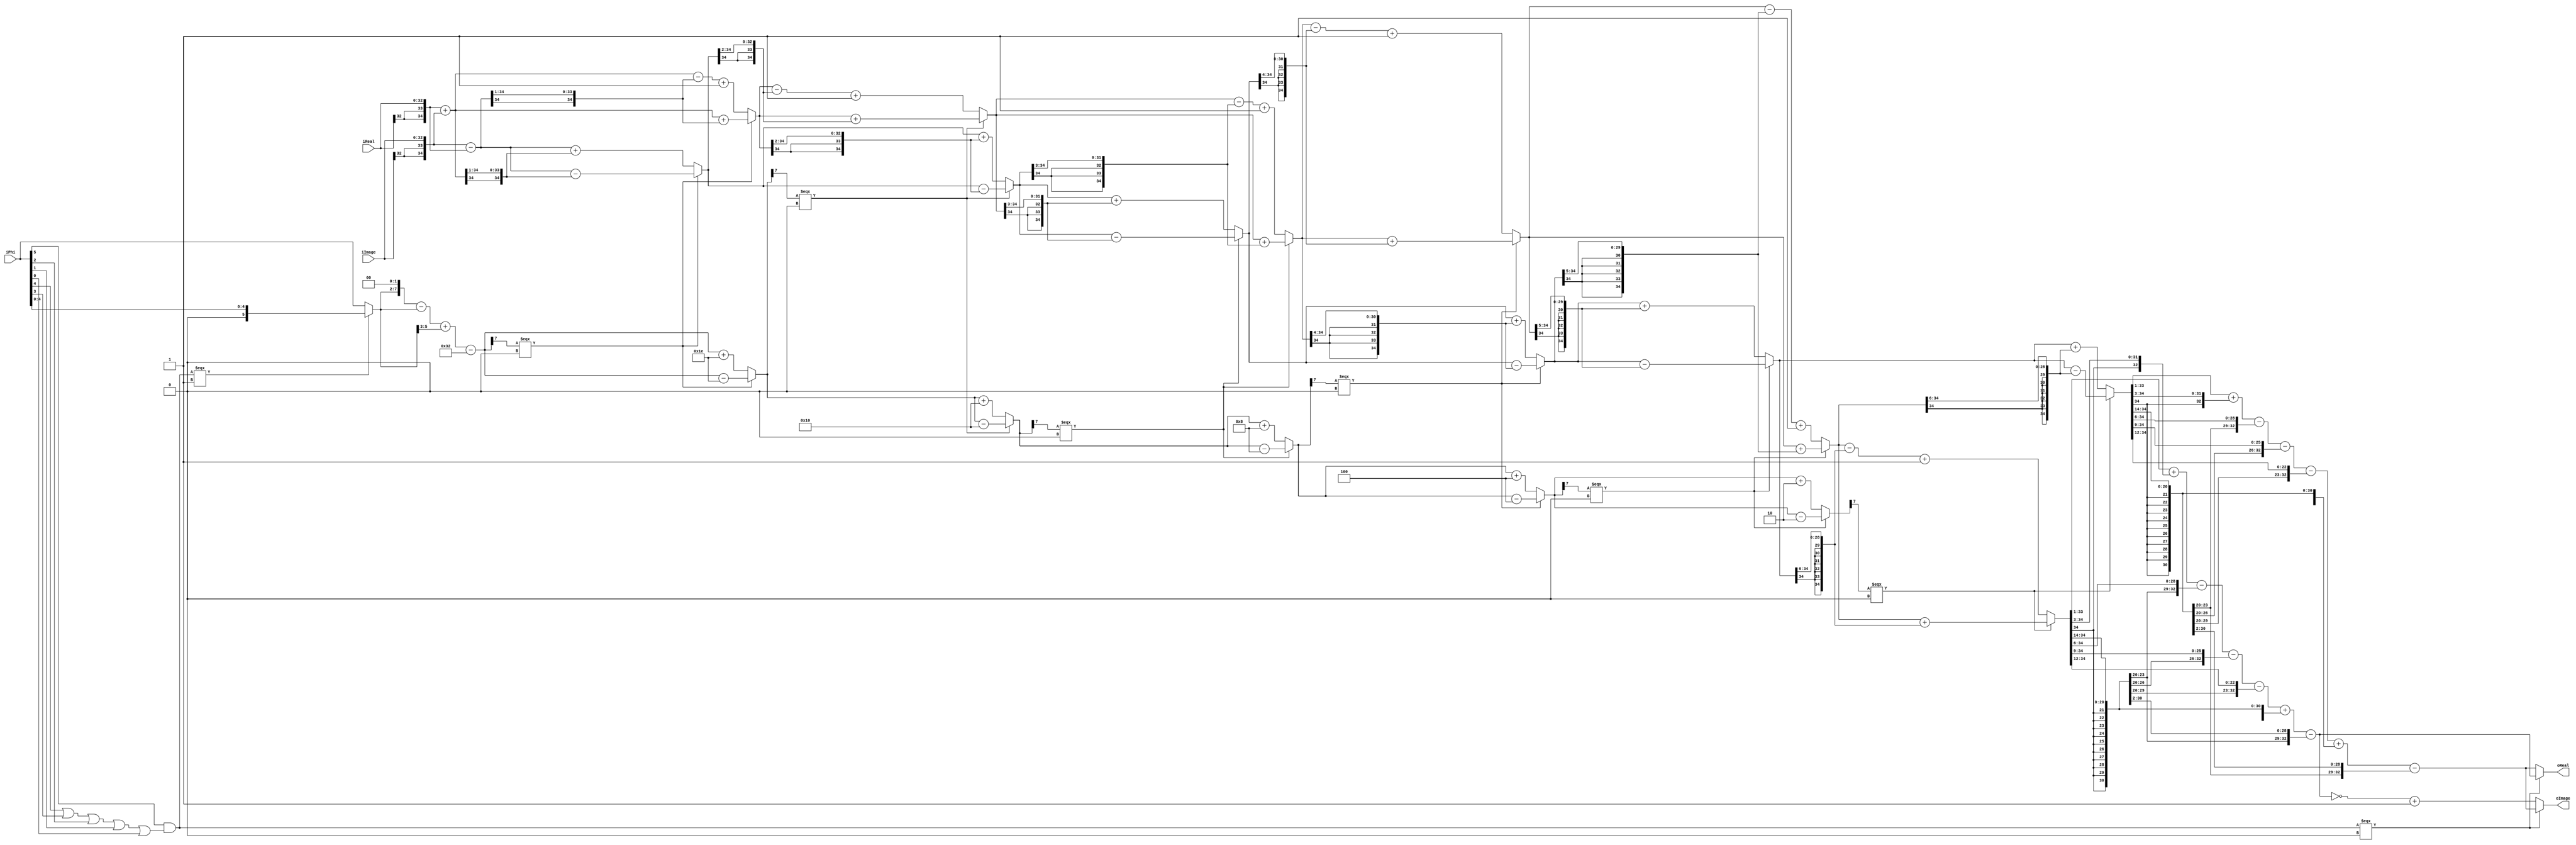
// --------------------------------------------------------------------------------
//  Company: MSI
//  Design Name: 
//  Module Name:    Cordic_mid - Behavioral -- 2nd stage -> 6th stage
//  Project Name: 	 FFT_R2SDF
// --------------------------------------------------------------------------------

`define false 1'b 0
`define FALSE 1'b 0
`define true 1'b 1
`define TRUE 1'b 1

`timescale 1 ns / 1 ns // timescale for following modules


module cordic_mid (
   iReal,
   iImage,
   iPhi,
   oReal,
   oImage);
 
parameter n = 33;

input   [n - 1:0] iReal; 
input   [n - 1:0] iImage; 
input   [5:0] iPhi; 
output   [n - 1:0] oReal; 
output   [n - 1:0] oImage; 

wire    [n - 1:0] oReal; 
wire    [n - 1:0] oImage; 
parameter [7:0] alpha0 = 8'b 00110010; 
parameter [7:0] alpha1 = 8'b 00011110; 
parameter [7:0] alpha2 = 8'b 00010000; 
parameter [7:0] alpha3 = 8'b 00001000; 
parameter [7:0] alpha4 = 8'b 00000100; 
parameter [7:0] alpha5 = 8'b 00000010; 
parameter [7:0] alpha6 = 8'b 00000001; 
wire    [n + 1:0] x0; 
wire    [n + 1:0] x1; 
wire    [n + 1:0] x2; 
wire    [n + 1:0] x3; 
wire    [n + 1:0] x4; 
wire    [n + 1:0] x5; 
wire    [n + 1:0] x6; 
wire    [n + 1:0] x7; 
wire    [n + 1:0] x; 
//  Image  || Thuc, ao hoan doi cho nhau vi goc 
wire    [n + 1:0] y0; 
wire    [n + 1:0] y1; 
wire    [n + 1:0] y2; 
wire    [n + 1:0] y3; 
wire    [n + 1:0] y4; 
wire    [n + 1:0] y5; 
wire    [n + 1:0] y6; 
wire    [n + 1:0] y7; 
wire    [n + 1:0] y; 
//  Real   || iPhi am, nen chieu quay nguoc lai
wire    [7:0] z0; 
wire    [7:0] z1; 
wire    [7:0] z2; 
wire    [7:0] z3; 
wire    [7:0] z4; 
wire    [7:0] z5; 
wire    [7:0] z6; 
wire    [5:0] Phi; 

assign Phi = (iPhi[5] & (iPhi[4] | iPhi[3] | iPhi[2] | 
      iPhi[1] | iPhi[0])) === 1'b 1 ? {1'b 0, iPhi[4:0]} : 
	iPhi; 

//  (iPhi(5)and(iPhi(4)or iPhi(3)or iPhi(2)or iPhi(1)or iPhi(0))) = '1' => iPhi > 32
assign x0 = {iImage[n - 1], iImage[n - 1], 
      iImage}; 
assign y0 = {iReal[n - 1], iReal[n - 1], 
      iReal}; 
assign z0 = {Phi, 2'b 00} - {2'b 00, Phi} + 
      {5'b 00000, Phi[5:3]}; 
// Phi*pi

// -- Cordic stage 0
assign x1 = x0 - y0; 
//  x1 = x0 - y0, (x0 = 0);
assign y1 = y0 + x0; 
//  y1 = y0 + x0, (x0 = 0);
assign z1 = z0 - alpha0; 
//  z0 >0 --> z1 <= z0 - alpha0

// -- Cordic stage 1
assign x2 = z1[7] === 1'b 0 ? x1 - {y1[n + 1], 
      y1[n + 1:1]} : 
	x1 + {y1[n + 1], y1[n + 1:1]}; 
assign y2 = z1[7] === 1'b 0 ? y1 + {x1[n + 1], 
      x1[n + 1:1]} : 
	y1 - {x1[n + 1], x1[n + 1:1]} + 
      2'b 01; 
assign z2 = z1[7] === 1'b 0 ? z1 - alpha1 : 
	z1 + alpha1; 

// -- Cordic stage 2
assign x3 = z2[7] === 1'b 0 ? x2 - {y2[n + 1], 
      y2[n + 1], y2[n + 1:2]} : 
	x2 + {y2[n + 1], y2[n + 
      1], y2[n + 1:2]}; 
assign y3 = z2[7] === 1'b 0 ? y2 + {x2[n + 1], 
      x2[n + 1], x2[n + 1:2]} : 
	y2 - {x2[n + 1], x2[n + 
      1], x2[n + 1:2]} + 2'b 01; 
assign z3 = z2[7] === 1'b 0 ? z2 - alpha2 : 
	z2 + alpha2; 

// -- Cordic stage 3
assign x4 = z3[7] === 1'b 0 ? x3 - {y3[n + 1], 
      y3[n + 1], y3[n + 1], 
      y3[n + 1:3]} : 
	x3 + {y3[n + 1], y3[n + 
      1], y3[n + 1], y3[n + 1:3]}; 
assign y4 = z3[7] === 1'b 0 ? y3 + {x3[n + 1], 
      x3[n + 1], x3[n + 1], 
      x3[n + 1:3]} : 
	y3 - {x3[n + 1], x3[n + 
      1], x3[n + 1], x3[n + 1:3]} + 
      2'b 01; 
assign z4 = z3[7] === 1'b 0 ? z3 - alpha3 : 
	z3 + alpha3; 

// -- Cordic stage 4
assign x5 = z4[7] === 1'b 0 ? x4 - {y4[n + 1], 
      y4[n + 1], y4[n + 1], 
      y4[n + 1], y4[n + 1:4]} : 
	x4 + {y4[n + 1], y4[n + 
      1], y4[n + 1], y4[n + 
      1], y4[n + 1:4]}; 
assign y5 = z4[7] === 1'b 0 ? y4 + {x4[n + 1], 
      x4[n + 1], x4[n + 1], 
      x4[n + 1], x4[n + 1:4]} : 
	y4 - {x4[n + 1], x4[n + 
      1], x4[n + 1], x4[n + 
      1], x4[n + 1:4]} + 2'b 01; 
assign z5 = z4[7] === 1'b 0 ? z4 - alpha4 : 
	z4 + alpha4; 

// -- Cordic stage 5
assign x6 = z5[7] === 1'b 0 ? x5 - {y5[n + 1], 
      y5[n + 1], y5[n + 1], 
      y5[n + 1], y5[n + 1], 
      y5[n + 1:5]} : 
	x5 + {y5[n + 1], y5[n + 
      1], y5[n + 1], y5[n + 
      1], y5[n + 1], y5[n + 1:5]}; 
assign y6 = z5[7] === 1'b 0 ? y5 + {x5[n + 1], 
      x5[n + 1], x5[n + 1], 
      x5[n + 1], x5[n + 1], 
      x5[n + 1:5]} : 
	y5 - {x5[n + 1], x5[n + 
      1], x5[n + 1], x5[n + 
      1], x5[n + 1], x5[n + 1:5]} + 
      2'b 01; 
assign z6 = z5[7] === 1'b 0 ? z5 - alpha5 : 
	z5 + alpha5; 

// -- Cordic stage 6
assign x7 = z6[7] === 1'b 0 ? x6 - {y6[n + 1], 
      y6[n + 1], y6[n + 1], 
      y6[n + 1], y6[n + 1], 
      y6[n + 1], y6[n + 1:6]} : 
	x6 + {y6[n + 1], y6[n + 
      1], y6[n + 1], y6[n + 
      1], y6[n + 1], y6[n + 
      1], y6[n + 1:6]}; 
assign y7 = z6[7] === 1'b 0 ? y6 + {x6[n + 1], 
      x6[n + 1], x6[n + 1], 
      x6[n + 1], x6[n + 1], 
      x6[n + 1], x6[n + 1:6]} : 
	y6 - {x6[n + 1], x6[n + 
      1], x6[n + 1], x6[n + 
      1], x6[n + 1], x6[n + 
      1], x6[n + 1:6]} + 2'b 01; 

//  Divide  K by x10,y10: Cononical Signed Digit algorithm
assign x = {x7[n + 1], x7[n + 1:1]} + 
      {x7[n + 1], x7[n + 1], 
      x7[n + 1], x7[n + 1:3]} - 
      {x7[n + 1], x7[n + 1], 
      x7[n + 1], x7[n + 1], 
      x7[n + 1], x7[n + 1], 
      x7[n + 1:6]} - {x7[n + 1], 
      x7[n + 1], x7[n + 1], 
      x7[n + 1], x7[n + 1], 
      x7[n + 1], x7[n + 1], 
      x7[n + 1], x7[n + 1], 
      x7[n + 1:9]} - {x7[n + 1], 
      x7[n + 1], x7[n + 1], 
      x7[n + 1], x7[n + 1], 
      x7[n + 1], x7[n + 1], 
      x7[n + 1], x7[n + 1], 
      x7[n + 1], x7[n + 1], 
      x7[n + 1], x7[n + 1:12]} + 
      {x7[n + 1], x7[n + 1], 
      x7[n + 1], x7[n + 1], 
      x7[n + 1], x7[n + 1], 
      x7[n + 1], x7[n + 1], 
      x7[n + 1], x7[n + 1], 
      x7[n + 1], x7[n + 1], 
      x7[n + 1], x7[n + 1], 
      x7[n + 1:14]} - {x7[n + 1], 
      x7[n + 1], x7[n + 1], 
      x7[n + 1], x7[n + 1], 
      x7[n + 1], x7[n + 1], 
      x7[n + 1], x7[n + 1], 
      x7[n + 1], x7[n + 1], 
      x7[n + 1], x7[n + 1], 
      x7[n + 1], x7[n + 1], 
      x7[n + 1], x7[n + 1:16]}; 
assign y = {y7[n + 1], y7[n + 1:1]} + 
      {y7[n + 1], y7[n + 1], 
      y7[n + 1], y7[n + 1:3]} - 
      {y7[n + 1], y7[n + 1], 
      y7[n + 1], y7[n + 1], 
      y7[n + 1], y7[n + 1], 
      y7[n + 1:6]} - {y7[n + 1], 
      y7[n + 1], y7[n + 1], 
      y7[n + 1], y7[n + 1], 
      y7[n + 1], y7[n + 1], 
      y7[n + 1], y7[n + 1], 
      y7[n + 1:9]} - {y7[n + 1], 
      y7[n + 1], y7[n + 1], 
      y7[n + 1], y7[n + 1], 
      y7[n + 1], y7[n + 1], 
      y7[n + 1], y7[n + 1], 
      y7[n + 1], y7[n + 1], 
      y7[n + 1], y7[n + 1:12]} + 
      {y7[n + 1], y7[n + 1], 
      y7[n + 1], y7[n + 1], 
      y7[n + 1], y7[n + 1], 
      y7[n + 1], y7[n + 1], 
      y7[n + 1], y7[n + 1], 
      y7[n + 1], y7[n + 1], 
      y7[n + 1], y7[n + 1], 
      y7[n + 1:14]} - {y7[n + 1], 
      y7[n + 1], y7[n + 1], 
      y7[n + 1], y7[n + 1], 
      y7[n + 1], y7[n + 1], 
      y7[n + 1], y7[n + 1], 
      y7[n + 1], y7[n + 1], 
      y7[n + 1], y7[n + 1], 
      y7[n + 1], y7[n + 1], 
      y7[n + 1], y7[n + 1:16]}; 
assign oReal = (iPhi[5] & (iPhi[4] | iPhi[3] | iPhi[2] | 
      iPhi[1] | iPhi[0])) === 1'b 0 ? y[n - 1:0] : 
	x[n - 1:0]; 
assign oImage = (iPhi[5] & (iPhi[4] | iPhi[3] | iPhi[2] | 
      iPhi[1] | iPhi[0])) === 1'b 0 ? x[n - 1:0] : 
	~y[n - 1:0] + 2'b 01; 

endmodule // module cordic_mid